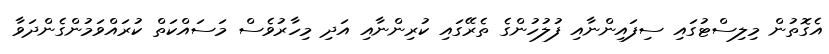
އެގޮތުން މިލިސްޓުގައި ސިފައިންނާއި ފުލުހުންގެ ތެރޭގައި ކުރިންނާއި އަދި މިހާރުވެސް މަސައްކަތް ކުރައްވަމުންގެންދަވާ